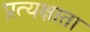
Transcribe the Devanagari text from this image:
प्रत्यक्षाता